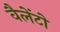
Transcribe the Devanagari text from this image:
वैलेंटो